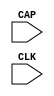
module CAPTURE_FPGACORE (CAP, CLK);

    input  CAP, CLK;

    parameter ONESHOT = "FALSE";

endmodule